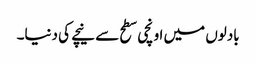
بادلوں میں اونچی سطح سے نیچے کی دنیا۔